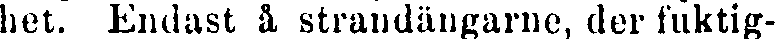
het. Endast å strandängarne, der fuktig-